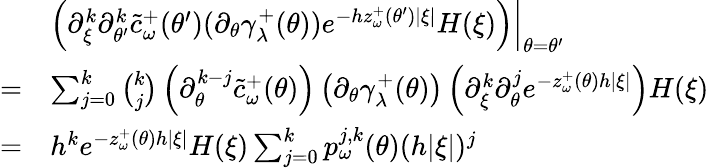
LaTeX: \begin{array}{rl}&{\left.\left(\partial_{\xi}^{k}\partial_{\theta^{\prime}}^{k}\tilde{c}_{\omega}^{+}(\theta^{\prime})(\partial_{\theta}\gamma_{\lambda}^{+}(\theta))e^{-hz_{\omega}^{+}(\theta^{\prime})|\xi|}H(\xi)\right)\right|_{\theta=\theta^{\prime}}}\\ {=}&{\sum_{j=0}^{k}\binom{k}{j}\left(\partial_{\theta}^{k-j}\tilde{c}_{\omega}^{+}(\theta)\right)\left(\partial_{\theta}\gamma_{\lambda}^{+}(\theta)\right)\left(\partial_{\xi}^{k}\partial_{\theta}^{j}e^{-z_{\omega}^{+}(\theta)h|\xi|}\right)H(\xi)}\\ {=}&{h^{k}e^{-z_{\omega}^{+}(\theta)h|\xi|}H(\xi)\sum_{j=0}^{k}p_{\omega}^{j,k}(\theta)(h|\xi|)^{j}}\end{array}